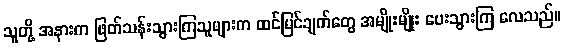
သူတို့ အနားက ဖြတ်သန်းသွားကြသူများက ထင်မြင်ချက်တွေ အမျိုးမျိုး ပေးသွားကြ လေသည်။